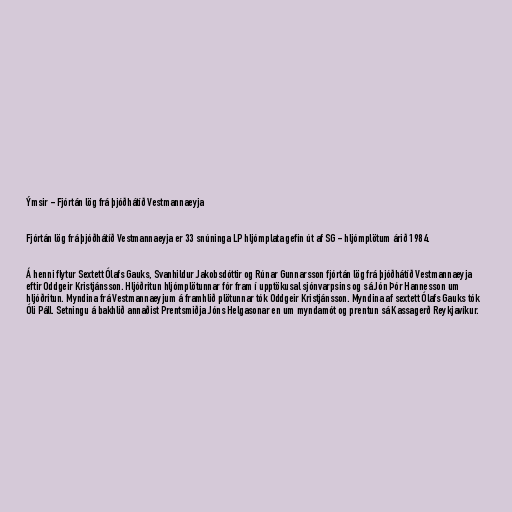
Ýmsir - Fjórtán lög frá þjóðhátíð Vestmannaeyja

Fjórtán lög frá þjóðhátíð Vestmannaeyja er 33 snúninga LP hljómplata gefin út af SG - hljómplötum árið 1984.

Á henni flytur Sextett Ólafs Gauks, Svanhildur Jakobsdóttir og Rúnar Gunnarsson fjórtán lög frá þjóðhátíð Vestmannaeyja
eftir Oddgeir Kristjánsson. Hljóðritun hljómplötunnar fór fram í upptökusal sjónvarpsins og sá Jón Þór Hannesson um
hljóðritun. Myndina frá Vestmannaeyjum á framhlið plötunnar tók Oddgeir Kristjánsson. Myndina af sextett Ólafs Gauks tók
Óli Páll. Setningu á bakhlið annaðist Prentsmiðja Jóns Helgasonar en um myndamót og prentun sá Kassagerð Reykjavíkur.